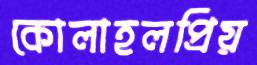
কোলাহলপ্রিয়